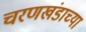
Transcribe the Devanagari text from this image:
चरणखंडाच्या